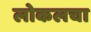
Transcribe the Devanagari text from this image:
लोकलचा